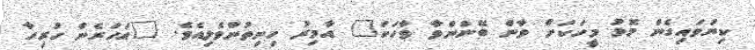
ކިޔަވައިގެން މޮޅު މީހަކަށް ވާން ބޭނުންވާ ވާހަކަ" އާމިރު ހިނިތުންވެލިއެވެ. "އަހަރެން ހުރިހާ